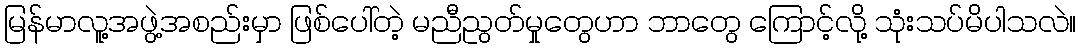
မြန်မာလူ့အဖွဲ့အစည်းမှာ ဖြစ်ပေါ်တဲ့ မညီညွတ်မှုတွေဟာ ဘာတွေ ကြောင့်လို့ သုံးသပ်မိပါသလဲ။